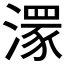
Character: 𣽁